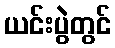
ယင်းပွဲတွင်